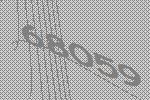
68059